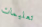
تعليمات